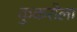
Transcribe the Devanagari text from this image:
कुकरौला